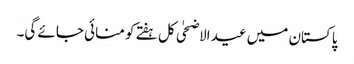
پاکستان میں عید الاضحٰی کل ہفتے کو منائی جائے گی۔